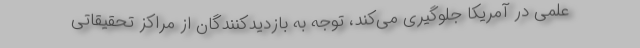
علمی در آمریکا جلوگیری می‌کند، توجه به بازدیدکنندگان از مراکز تحقیقاتی